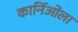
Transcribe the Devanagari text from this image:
कार्निओला